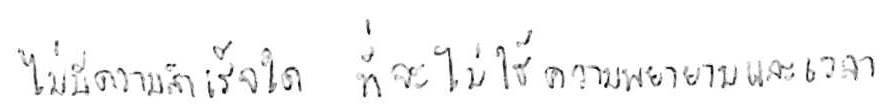
ไม่มีความสำเร็จใด ที่จะไม่ใช้ความพยายามและเวลา